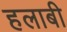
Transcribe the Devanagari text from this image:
हलाबी